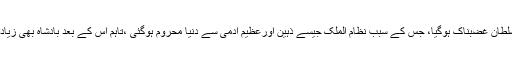
اس تُرش جواب پر سلطان غضبناک ہوگیا، جس کے سبب نظام الملک جیسے ذہین اورعظیم آدمی سے دنیا محروم ہوگئی ،تاہم اس کے بعد بادشاہ بھی زیادہ دیرزندہ نہ رہ سکا۔